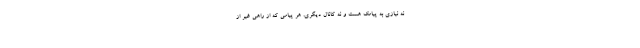
نه نیازی به پیامک هست و نه کانال دیگری. هر پیامی که از راهی غیر از